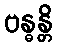
ဗန္ဓန္တိ